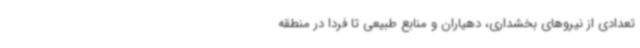
تعدادی از نیروهای بخشداری، دهیاران و منابع طبیعی تا فردا در منطقه